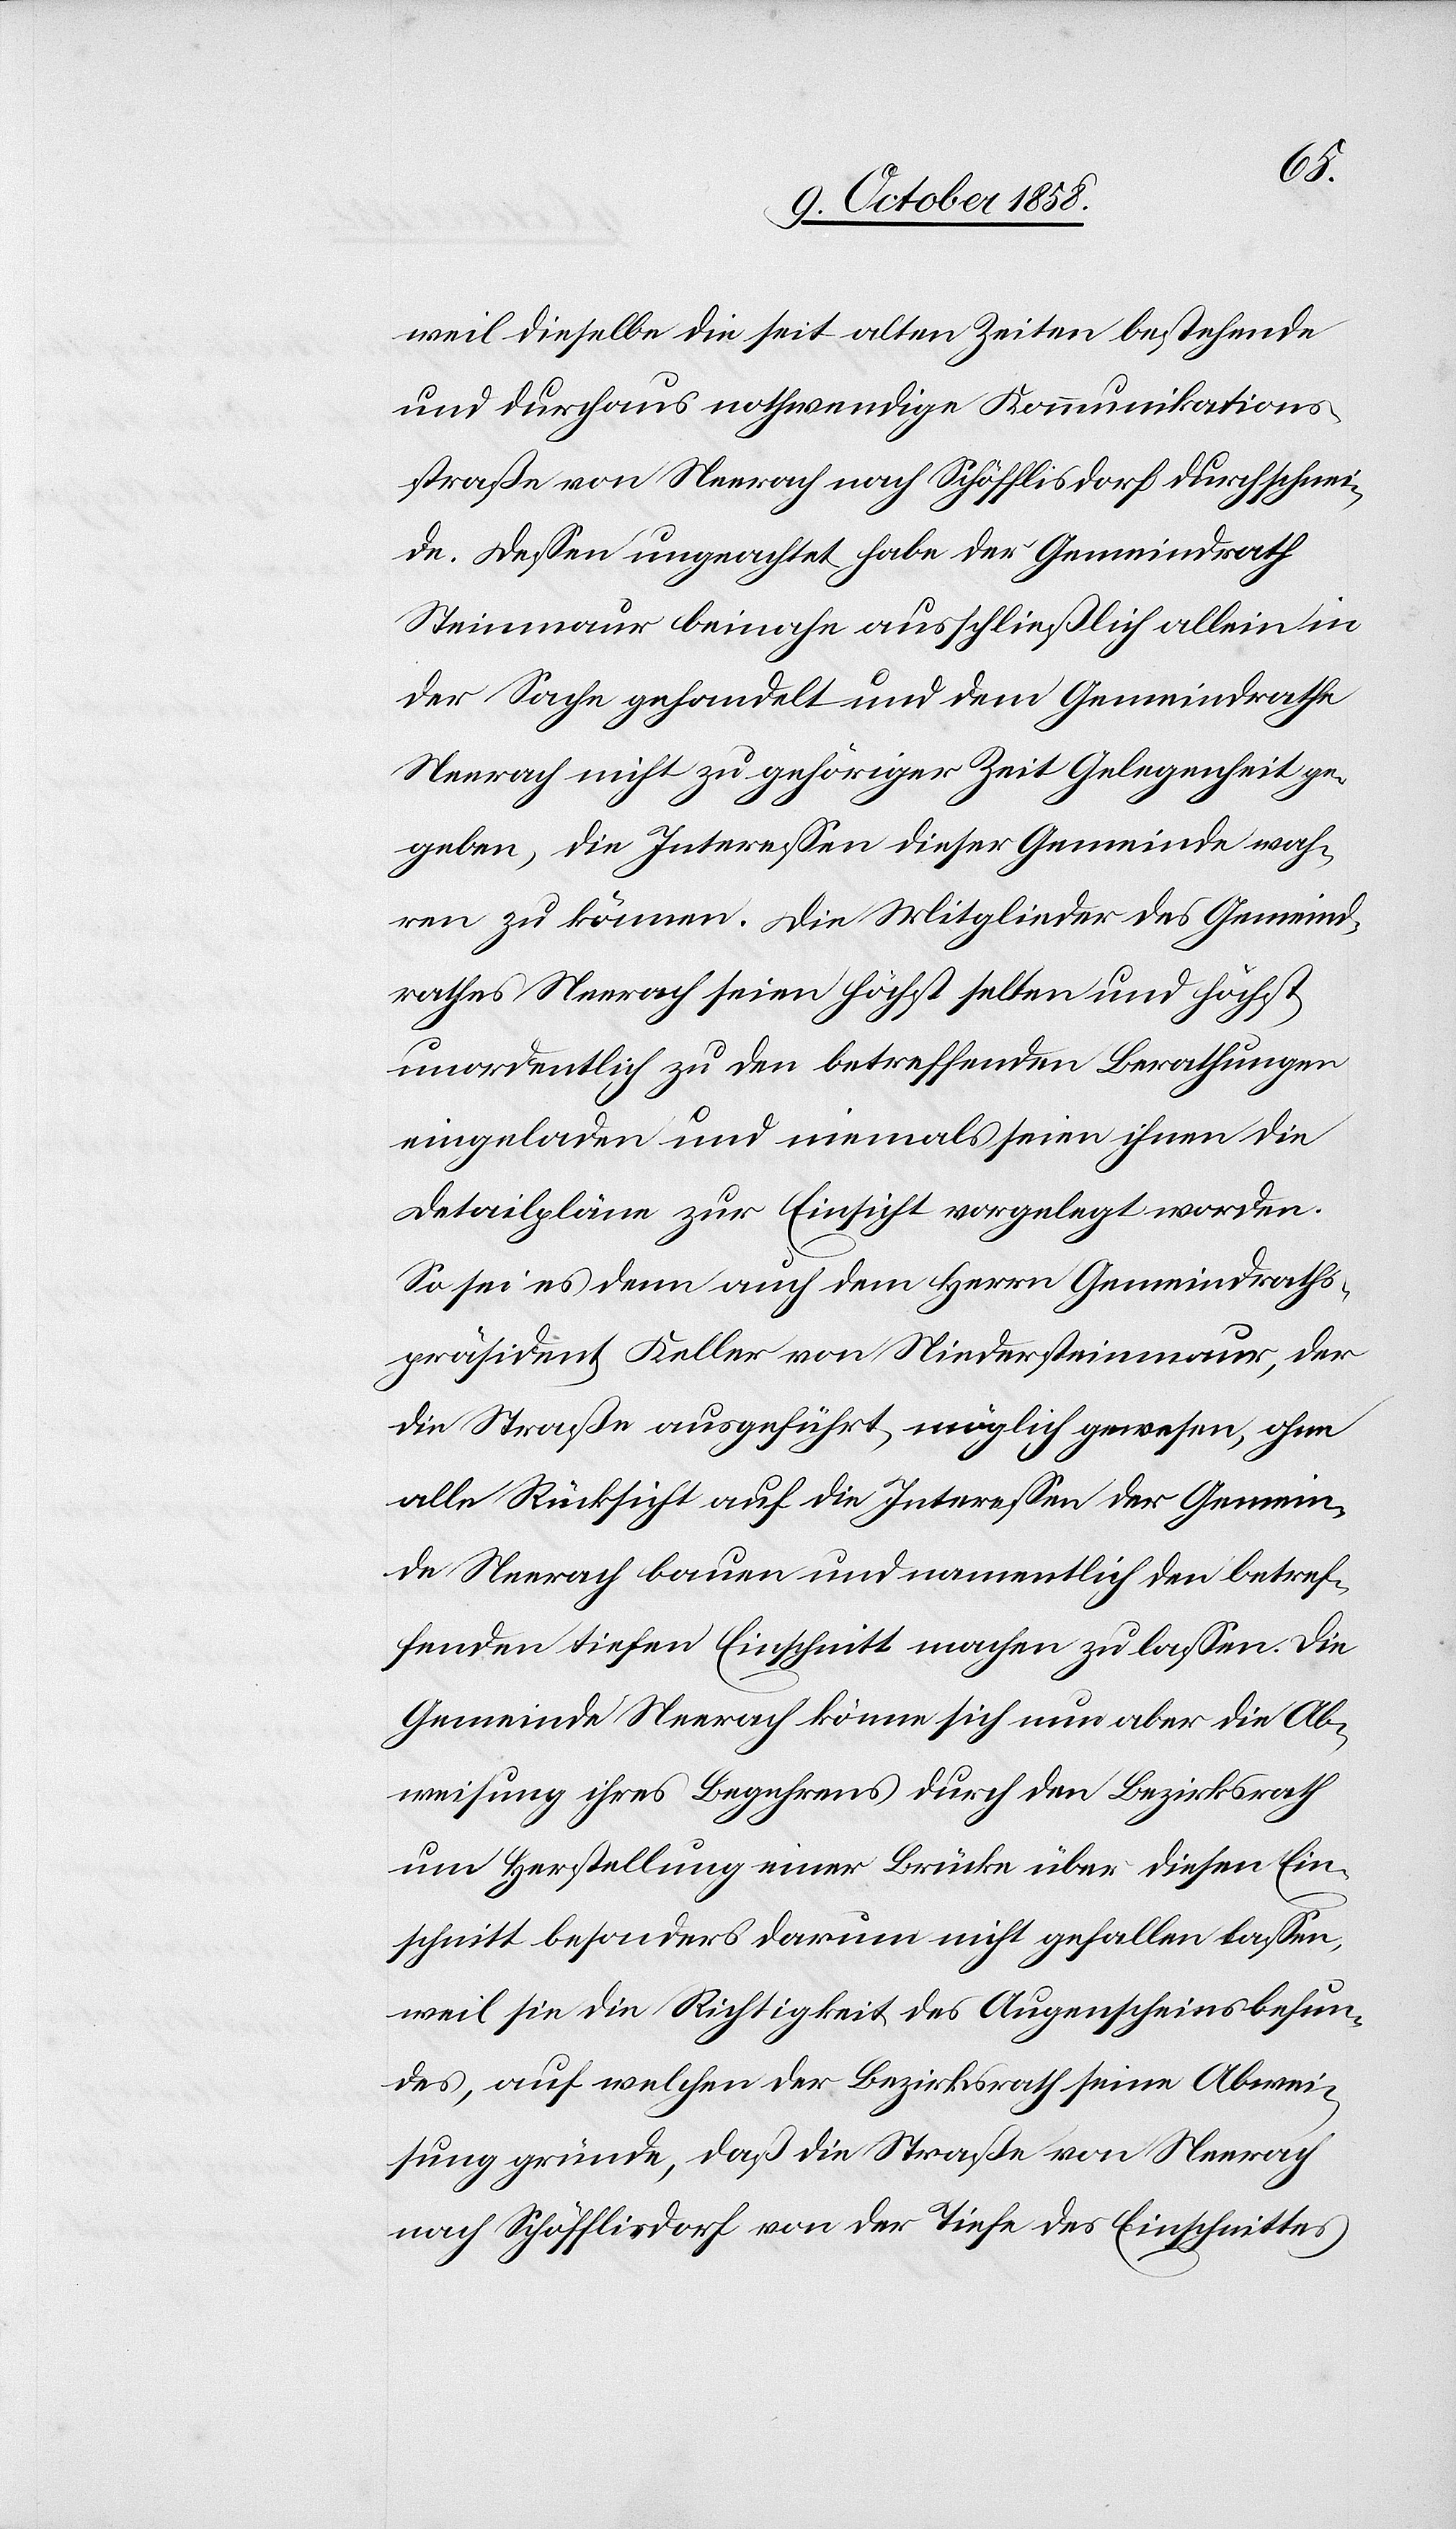
weil dieselbe die seit alten Zeiten bestehende
und durchaus nothwendige Kommunikations¬
straße von Neerach nach Schöfflisdorf durchschnei¬
de. Dessen ungeachtet habe der Gemeindrath
Steinmaur beinahe ausschließlich allein in
der Sache gehandelt und dem Gemeindrathe
Neerach nicht zu gehöriger Zeit Gelegenheit ge¬
geben, die Interessen dieser Gemeinde wah¬
ren zu können. Die Mitglieder des Gemeind¬
rathes Neerach seien höchst selten und höchst
unordentlich zu den betreffenden Berathungen
eingeladen und niemals seien ihnen die
Detailpläne zur Einsicht vorgelegt worden.
So sei es denn auch dem Herrn Gemeindraths¬
präsident Keller von Niedersteinmaur, der
die Straße ausgeführt, möglich gewesen, ohne
alle Rücksicht auf die Interessen der Gemein¬
de Neerach bauen und namentlich den betref¬
fenden tiefen Einschnitt machen zu lassen. Die
Gemeinde Neerach könne sich nun aber die Ab¬
weisung ihres Begehrens durch den Bezirksrath
um Herstellung einer Brücke über diesen Ein¬
schnitt besonders darum nicht gefallen lassen,
weil sie die Richtigkeit des Augenscheinsbefun¬
des, auf welchen der Bezirksrath seine Abwei¬
sung gründe, daß die Straße von Neerach
nach Schöfflisdorf von der Tiefe des Einschnittes